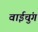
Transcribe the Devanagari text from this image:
वाईचुंग